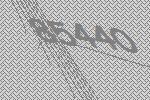
85440